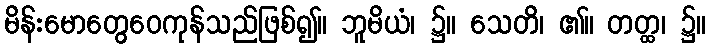
မိန်းမောတွေဝေကုန်သည်ဖြစ်၍။ ဘူမိယံ၊ ၌။ သေတိ၊ ၏။ တတ္ထ၊ ၌။